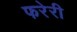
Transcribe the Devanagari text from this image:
फरेरी